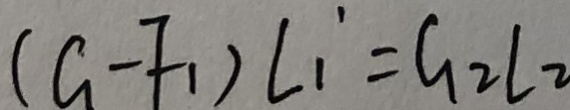
( G - F _ { 1 } ) L _ { 1 } = G _ { 2 } l _ { 2 }